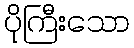
ပိုကြီးသော